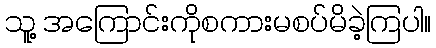
သူ့ အကြောင်းကိုစကားမစပ်မိခဲ့ကြပါ။